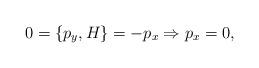
LaTeX: \begin{align*}0=\{p_y,H\}=-p_x \Rightarrow p_x=0,\end{align*}